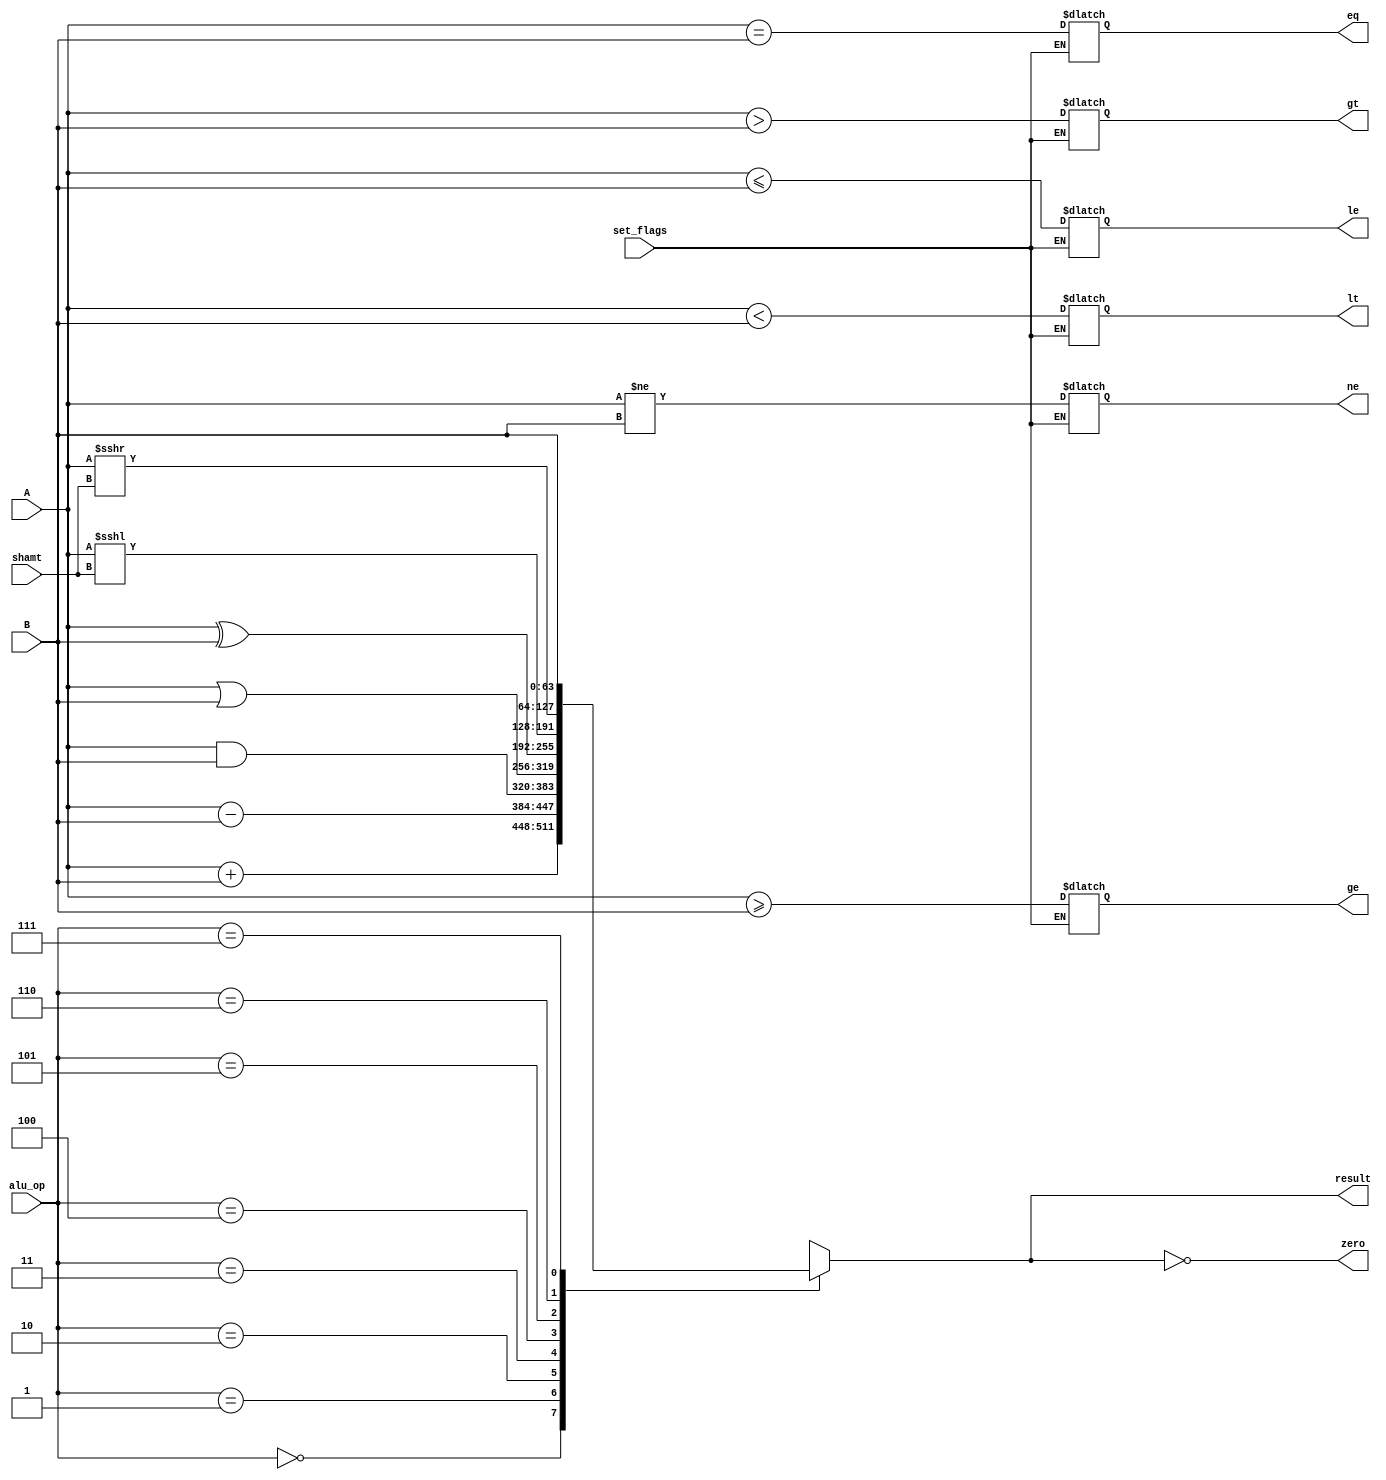
`timescale 1ns / 1ps

module ALU(
	input [63:0] A,
	input [63:0] B,
	input [5:0] shamt,
	input [2:0] alu_op,
	input set_flags,
	output reg [63:0] result,
	output zero,
	output reg eq,
	output reg ne,
	output reg ge,
	output reg lt,
	output reg gt,
	output reg le
	);
	
	always @(*) begin
		case(alu_op)
			3'b000: result <= A + B;
			3'b001: result <= A - B;
			3'b010: result <= A & B;
			3'b011: result <= A | B;
			3'b100: result <= A ^ B;
			3'b101: result <= A <<< shamt;
			3'b110: result <= A >>> shamt;
			3'b111: result <= B;
		endcase
	end

	assign zero = result == 0; // zero is 1 if the result is 0
	
	always @(result) begin
		if (set_flags) begin
			eq <= A == B;
			ne <= A != B;
			ge <= A >= B;
			lt <= A < B;
			gt <= A > B;
			le <= A <= B;
		end
	end

endmodule